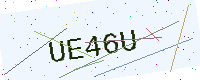
Text: UE46U